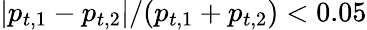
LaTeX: |p_{t,1}-p_{t,2}|/(p_{t,1}+p_{t,2})<0.05